画像に写った文字を読んでください
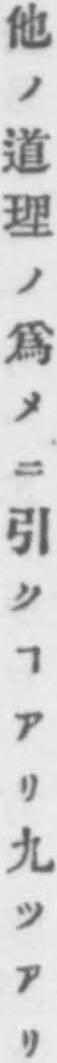
「他ノ道理ノ爲メニ引クヿアリ九ツアリ」と書いてあります